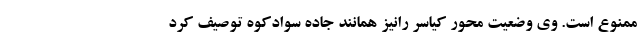
ممنوع است. وی وضعیت محور کیاسر رانیز همانند جاده سوادکوه توصیف کرد